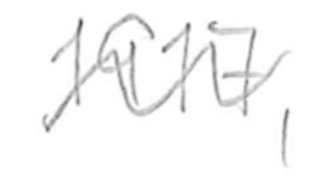
Text: 1917,
Cross-out: wave
Writing tool: pencil